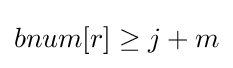
bnum[r]\geq j+m